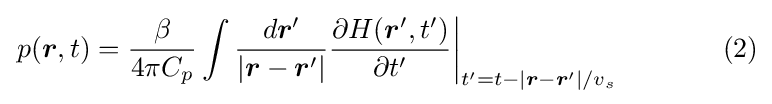
\left.p({\boldsymbol {r}},t)={\frac {\beta }{4\pi C_{p}}}\int {\frac {d{\boldsymbol {r}}'}{|{\boldsymbol {r}}-{\boldsymbol {r}}'|}}{\frac {\partial H({\boldsymbol {r}}',t')}{\partial t'}}\right|_{t'=t-|{\boldsymbol {r}}-{\boldsymbol {r}}'|/v_{s}}\qquad \quad \,\,\,\,(2)